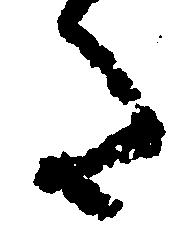
た